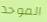
الموحد